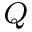
^ { \textit { Q } }